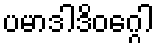
ပမာဒါဒိဝဂ္ဂေါ